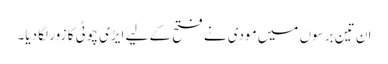
ان تین برسوں میں مودی نے فتح کے لیے ایڑی چوٹی کا زور لگا دیا۔